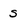
Character: s